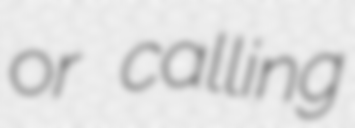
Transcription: or calling